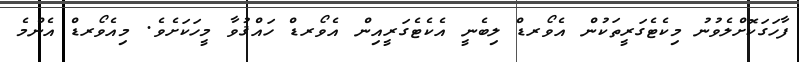
ފާހަގަކޮށްލެވުނު މިކެޓެގަރީތަކުން އެވޯރޑް ލިބެނީ އެކެޓެގަރީއިން އެވޯރޑް ހައްޤުވާ މީހަކަށެވެ. މިއެވޯރޑް އެންމެ